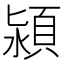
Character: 潁